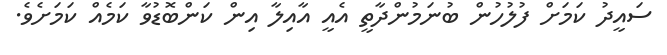
ސައީދު ކަމަށް ފުލުހުން ބުނަމުންދާތީ އެއީ އާއިލާ އިން ކަންބޮޑުވާ ކަމެއް ކަމަށެވެ.